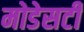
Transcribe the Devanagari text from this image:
मोडेसटी